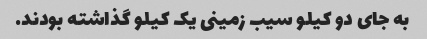
به جای دو کیلو سیب زمینی یک کیلو گذاشته بودند.